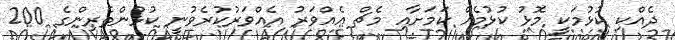
ދެއްކި ކުޅުމަކީ މޮޅު ކުޅުމެއް ކަމަށާއި މެޗް އެއްވަރު އެއްވަރުކުރެވުނީ ކުޅުންތެރިންގެ 200